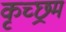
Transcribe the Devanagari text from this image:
कृच्छ्रम